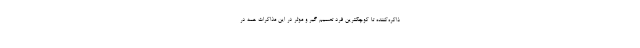
ذاکره‌کننده تا کوچکترین فرد تصمیم گیر و موثر در این مذاکرات همه در